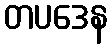
တပဒေန